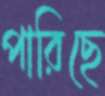
পারিছে